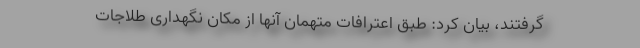
گرفتند، بیان کرد: طبق اعترافات متهمان آنها از مکان نگهداری طلاجات